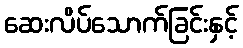
ဆေးလိပ်သောက်ခြင်းနှင့်